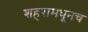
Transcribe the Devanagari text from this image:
शहरामधूनच